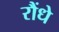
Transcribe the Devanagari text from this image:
रौंधे